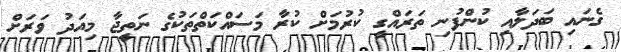
ގެނައި ބަދަލާއި ކުންފުނި ތަރައްގީ ކުރުމަށް ކުރާ މަސައްކަތްތަކުގެ ނަތީޖާ މިއަދު ވަރަށް